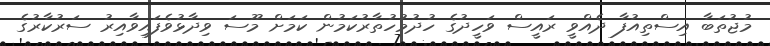
މުޖުތަބާ އިސްތިއުފާ ދެއްވީ ރައީސް ވަހީދުގެ ހުދުމުހުތާރުކަމުން ކަމަށް މޫސަ ވިދާޅުވެފައިވާއިރު ސަރުކާރުގެ